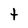
Character: t